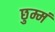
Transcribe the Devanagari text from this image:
छुम्मं